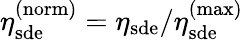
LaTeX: \eta_{\mathrm{sde}}^{\mathrm{(norm)}}=\eta_{\mathrm{sde}}/\eta_{\mathrm{sde}}^{\mathrm{(max)}}